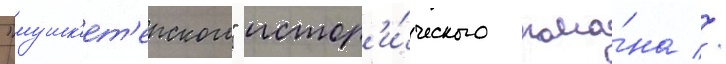
"мушк'ет'ерского" истор'и́ческого рома́на //